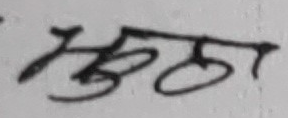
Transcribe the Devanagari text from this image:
भुठ्ठा